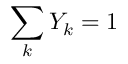
\sum _ { k } Y _ { k } = 1